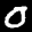
Label: 0